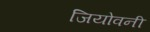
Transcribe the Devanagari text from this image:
जियोवनी